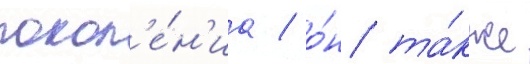
покол'е́н'иа / о́н та́кже